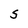
Character: S